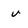
Character: v